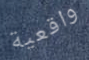
واقعية